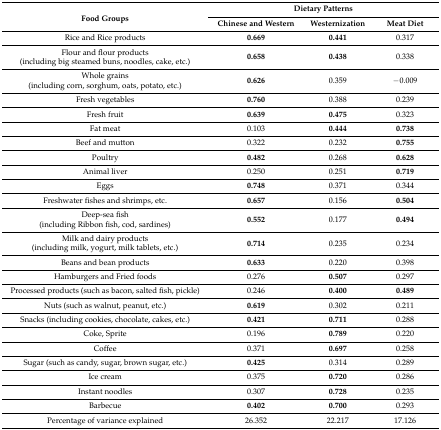
| <ROWSPAN=2> Food Groups | <COLSPAN=3> Dietary Patterns |
 | Chinese and Western | Westernization | Meat Diet |
 | --- | --- | --- | --- |
 | Rice and Rice products | 0.669 | 0.441 | 0.317 |
 | Flour and flour products (including big steamed buns, noodles, cake, etc.) | 0.658 | 0.438 | 0.338 |
 | Whole grains (including corn, sorghum, oats, potato, etc.) | 0.626 | 0.359 | −0.009 |
 | Fresh vegetables | 0.760 | 0.388 | 0.239 |
 | Fresh fruit | 0.639 | 0.475 | 0.323 |
 | Fat meat | 0.103 | 0.444 | 0.738 |
 | Beef and mutton | 0.322 | 0.232 | 0.755 |
 | Poultry | 0.482 | 0.268 | 0.628 |
 | Animal liver | 0.250 | 0.251 | 0.719 |
 | Eggs | 0.748 | 0.371 | 0.344 |
 | Freshwater fishes and shrimps, etc. | 0.657 | 0.156 | 0.504 |
 | Deep-sea fish (including Ribbon fish, cod, sardines) | 0.552 | 0.177 | 0.494 |
 | Milk and dairy products (including milk, yogurt, milk tablets, etc.) | 0.714 | 0.235 | 0.234 |
 | Beans and bean products | 0.633 | 0.220 | 0.398 |
 | Hamburgers and Fried foods | 0.276 | 0.507 | 0.297 |
 | Processed products (such as bacon, salted fish, pickle) | 0.246 | 0.400 | 0.489 |
 | Nuts (such as walnut, peanut, etc.) | 0.619 | 0.302 | 0.211 |
 | Snacks (including cookies, chocolate, cakes, etc.) | 0.421 | 0.711 | 0.288 |
 | Coke, Sprite | 0.196 | 0.789 | 0.220 |
 | Coffee | 0.371 | 0.697 | 0.258 |
 | Sugar (such as candy, sugar, brown sugar, etc.) | 0.425 | 0.314 | 0.289 |
 | Ice cream | 0.375 | 0.720 | 0.286 |
 | Instant noodles | 0.307 | 0.728 | 0.235 |
 | Barbecue | 0.402 | 0.700 | 0.293 |
 | Percentage of variance explained | 26.352 | 22.217 | 17.126 |